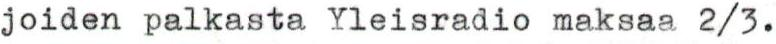
joiden palkasta Yleisradio maksaa 2/3.